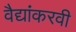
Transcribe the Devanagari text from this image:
वैद्यांकरवी